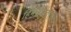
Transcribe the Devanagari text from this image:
हिमसरोवरात